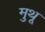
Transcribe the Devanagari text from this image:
मुथू